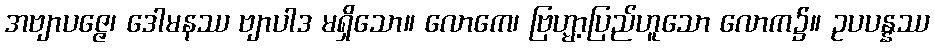
အဗျာပဇ္ဇေ၊ ဒေါမနဿ ဗျာပါဒ မရှိသော။ လောကေ၊ ဗြဟ္မာ့ပြည်ဟူသော လောက၌။ ဥပပန္နဿ